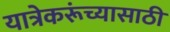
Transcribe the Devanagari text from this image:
यात्रेकरूंच्यासाठी